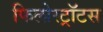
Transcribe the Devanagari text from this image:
फिलोस्ट्रॉटस